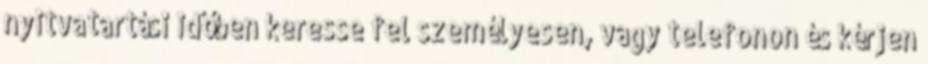
nyitvatartási időben keresse fel személyesen, vagy telefonon és kérjen